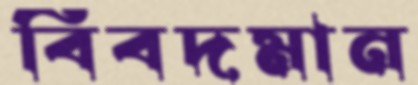
বিবদমান